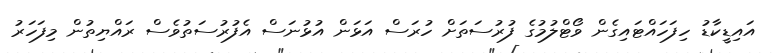
އައިޑީކާޑު ހިފަހައްޓައިގެން ވޯޓްލުމުގެ ފުރުސަތަށް ހުރަސް އަޅަން އުޅުނަސް އެފުރުސަތުވެސް ރައްޔިތުން މިފަހަރު